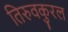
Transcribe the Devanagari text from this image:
तिरुवकुरल